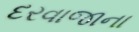
દરવાજાના